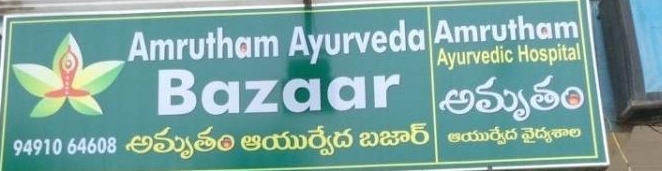
Language: telugu
Transcription: అమృతం బజార్ వైద్యశాల అమృతం